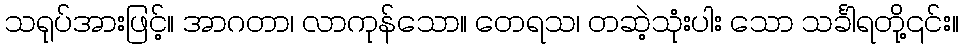
သရုပ်အားဖြင့်။ အာဂတာ၊ လာကုန်သော။ တေရသ၊ တဆဲ့သုံးပါး သော သင်္ခါရတို့၎င်း။